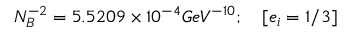
N _ { B } ^ { - 2 } = 5 . 5 2 0 9 \times 1 0 ^ { - 4 } G e V ^ { - 1 0 } ; \quad [ e _ { i } = 1 / 3 ]